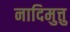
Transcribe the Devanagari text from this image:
नादिमुत्तु